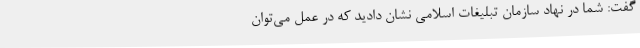
گفت: شما در نهاد سازمان تبلیغات اسلامی نشان دادید که در عمل می‌توان